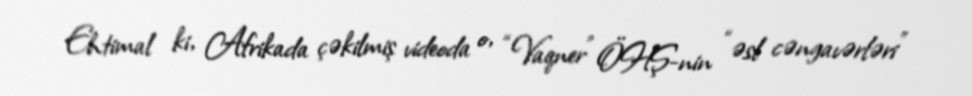
Ehtimal ki, Afrikada çəkilmiş videoda o, “Vaqner” ÖHŞ-nin “əsl cəngavərləri”